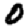
Digit: 0